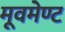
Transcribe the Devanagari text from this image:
मूवमेण्ट